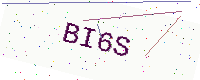
Text: BI6S